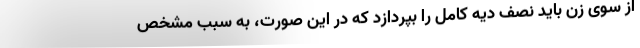
از سوی زن باید نصف دیه کامل را بپردازد که در این صورت، به سبب مشخص